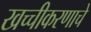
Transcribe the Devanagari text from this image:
खच्चीकरणाचे